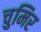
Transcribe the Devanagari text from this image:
चुमिर